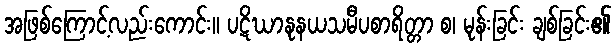
အဖြစ်ကြောင့်လည်းကောင်း။ ပဋိဃာနုနယသမီပစာရိတ္တာ စ၊ မုန်းခြင်း ချစ်ခြင်း၏